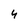
Character: 4